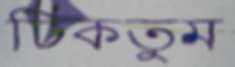
ঢিকতুম